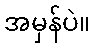
အမှန်ပဲ။